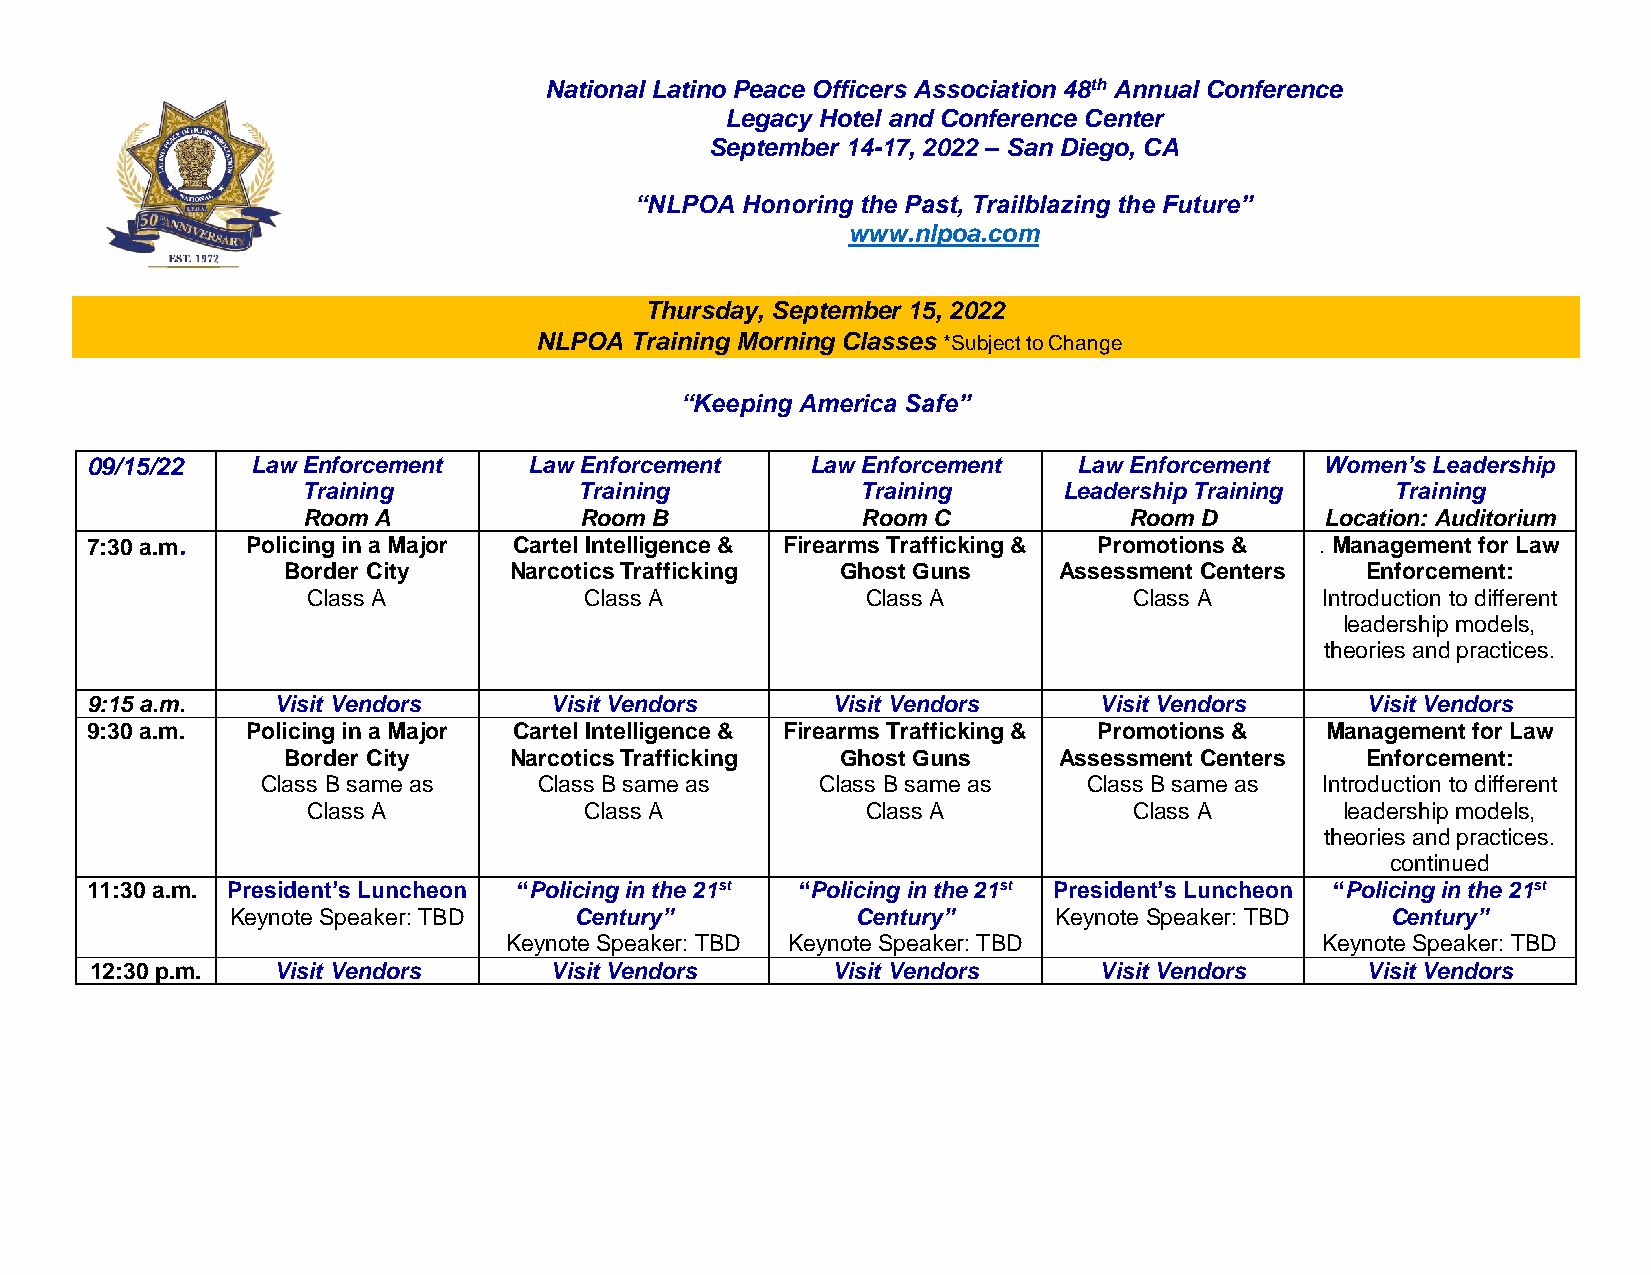
National Latino Peace Officers Association 48th Annual Conference
 Legacy Hotel and Conference Center
 September 14-17, 2022 – San Diego, CA
 “NLPOA Honoring the Past, Trailblazing the Future”
 www.nlpoa.com
 Thursday, September 15, 2022
 NLPOA  Training Morning Classes *Subject to Change
 “Keeping America Safe”
 09/15/22   Law Enforcement   Law Enforcement    Law Enforcement  Law Enforcement  Women’s Leadership
 Training          Training           Training     Leadership Training   Training
 Room A            Room B             Room C            Room D       Location: Auditorium
 7:30 a.m. Policing in a Major Cartel Intelligence & Firearms Trafficking & Promotions & . Management for Law
 Border City    Narcotics Trafficking Ghost Guns    Assessment Centers  Enforcement:
 Class A            Class A           Class A           Class A     Introduction to different
 leadership models,
 theories and practices.
 9:15 a.m.   Visit Vendors     Visit Vendors      Visit Vendors     Visit Vendors    Visit Vendors
 9:30 a.m. Policing in a Major Cartel Intelligence & Firearms Trafficking & Promotions & Management for Law
 Border City    Narcotics Trafficking Ghost Guns    Assessment Centers  Enforcement:
 Class B same as    Class B same as   Class B same as   Class B same as Introduction to different
 Class A            Class A           Class A           Class A       leadership models,
 theories and practices.
 continued
 11:30 a.m. President’s Luncheon “Policing in the 21st “Policing in the 21st President’s Luncheon “Policing in the 21st
 Keynote Speaker: TBD   Century”           Century”     Keynote Speaker: TBD  Century”
 Keynote Speaker: TBD Keynote Speaker: TBD            Keynote Speaker: TBD
 12:30 p.m.  Visit Vendors     Visit Vendors      Visit Vendors     Visit Vendors    Visit Vendors